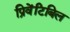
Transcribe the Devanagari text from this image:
प्रिवेंटिबिल